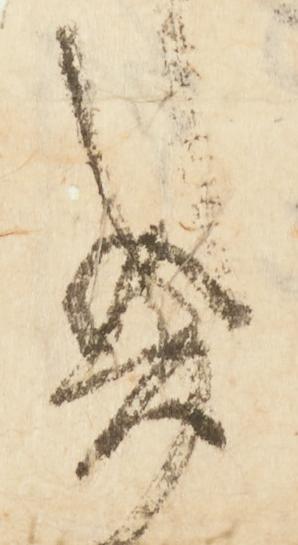
き